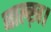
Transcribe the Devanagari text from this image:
बाल्ख़।